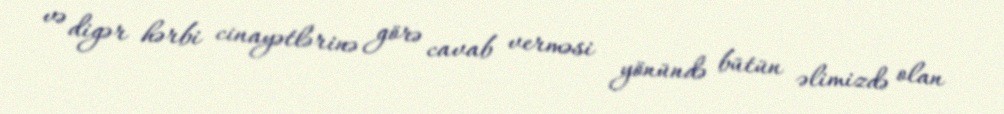
və digər hərbi cinayətlərinə görə cavab verməsi yönündə bütün əlimizdə olan